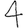
Digit: 4